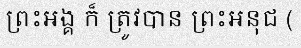
ព្រះអង្គ ក៏ ត្រូវបាន ព្រះអនុជ (